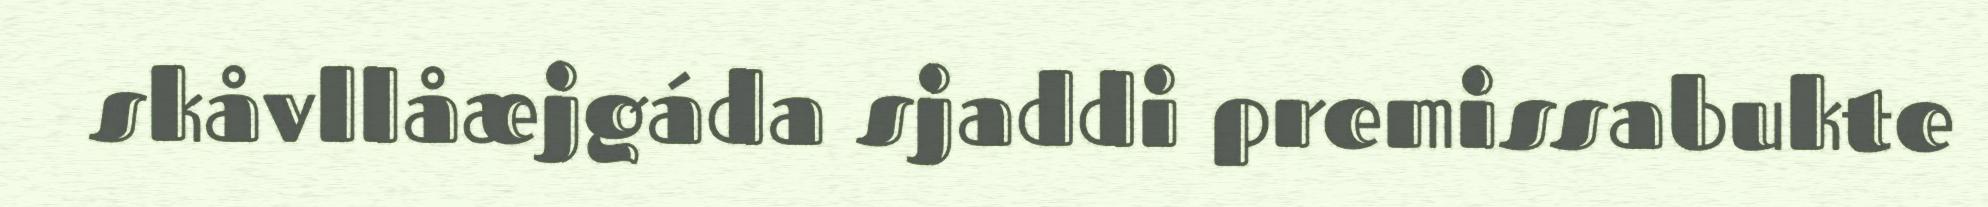
skåvllåæjgáda sjaddi premissabukte